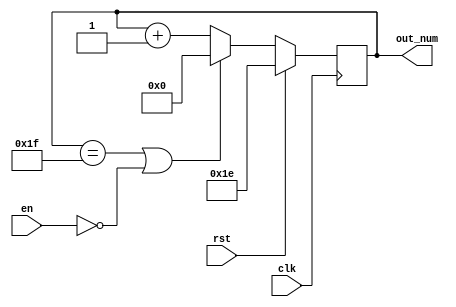
`timescale 1ns / 1ps

module cnt_s1( 
                clk,
                rst,
                en,
                out_num
               );
    input clk;
    input rst;
    input en;
    output signed [4:0] out_num;
    reg signed [4:0] out_num;
    
    always@(posedge clk) begin
        if (rst)
            out_num <= - 5'd2;
        else if (out_num == 5'd31 || en == 0)
            out_num <= 0;
        else
            out_num <= out_num + 5'd1;
    end
endmodule